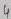
Text: 4